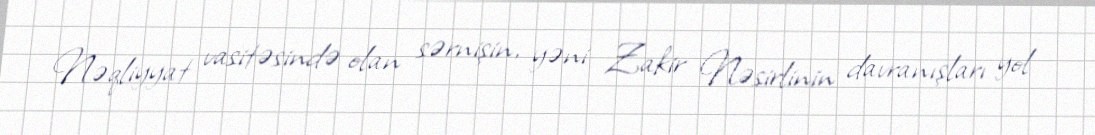
Nəqliyyat vasitəsində olan sərnişin, yəni Zakir Nəsirlinin davranışları yol